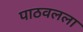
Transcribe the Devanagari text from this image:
पाठवलला